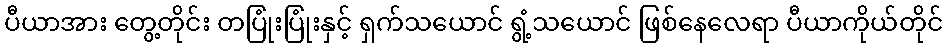
ပီယာအား တွေ့တိုင်း တပြုံးပြုံးနှင့် ရှက်သယောင် ရွံ့သယောင် ဖြစ်နေလေရာ ပီယာကိုယ်တိုင်